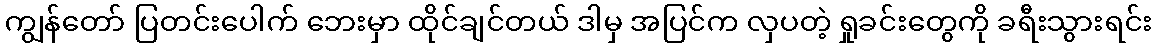
ကျွန်တော် ပြတင်းပေါက် ဘေးမှာ ထိုင်ချင်တယ် ဒါမှ အပြင်က လှပတဲ့ ရှုခင်းတွေကို ခရီးသွားရင်း